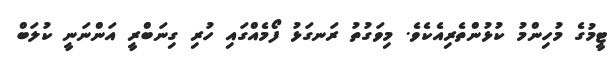
ޓީމުގެ މުހިންމު ކުޅުންތެރިއެކެވެ. މިވަގުތު ރަނގަޅު ފޯމެއްގައި ހުރި ގިނަބްރީ އަންނަނީ ކުލަބް